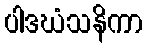
ပါဒဃံသနိကာ